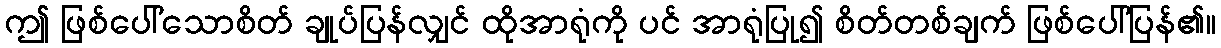
ဤ ဖြစ်ပေါ်သောစိတ် ချုပ်ပြန်လျှင် ထိုအာရုံကို ပင် အာရုံပြု၍ စိတ်တစ်ချက် ဖြစ်ပေါ်ပြန်၏။